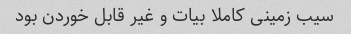
سیب زمینی کاملا بیات و غیر قابل خوردن بود